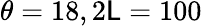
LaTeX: \theta=18,2\mathsf{L}=100